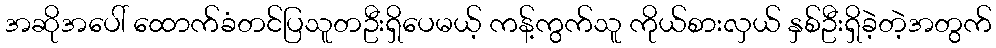
အဆိုအပေါ် ထောက်ခံတင်ပြသူတဦးရှိပေမယ့် ကန့်ကွက်သူ ကိုယ်စားလှယ် နှစ်ဦးရှိခဲ့တဲ့အတွက်